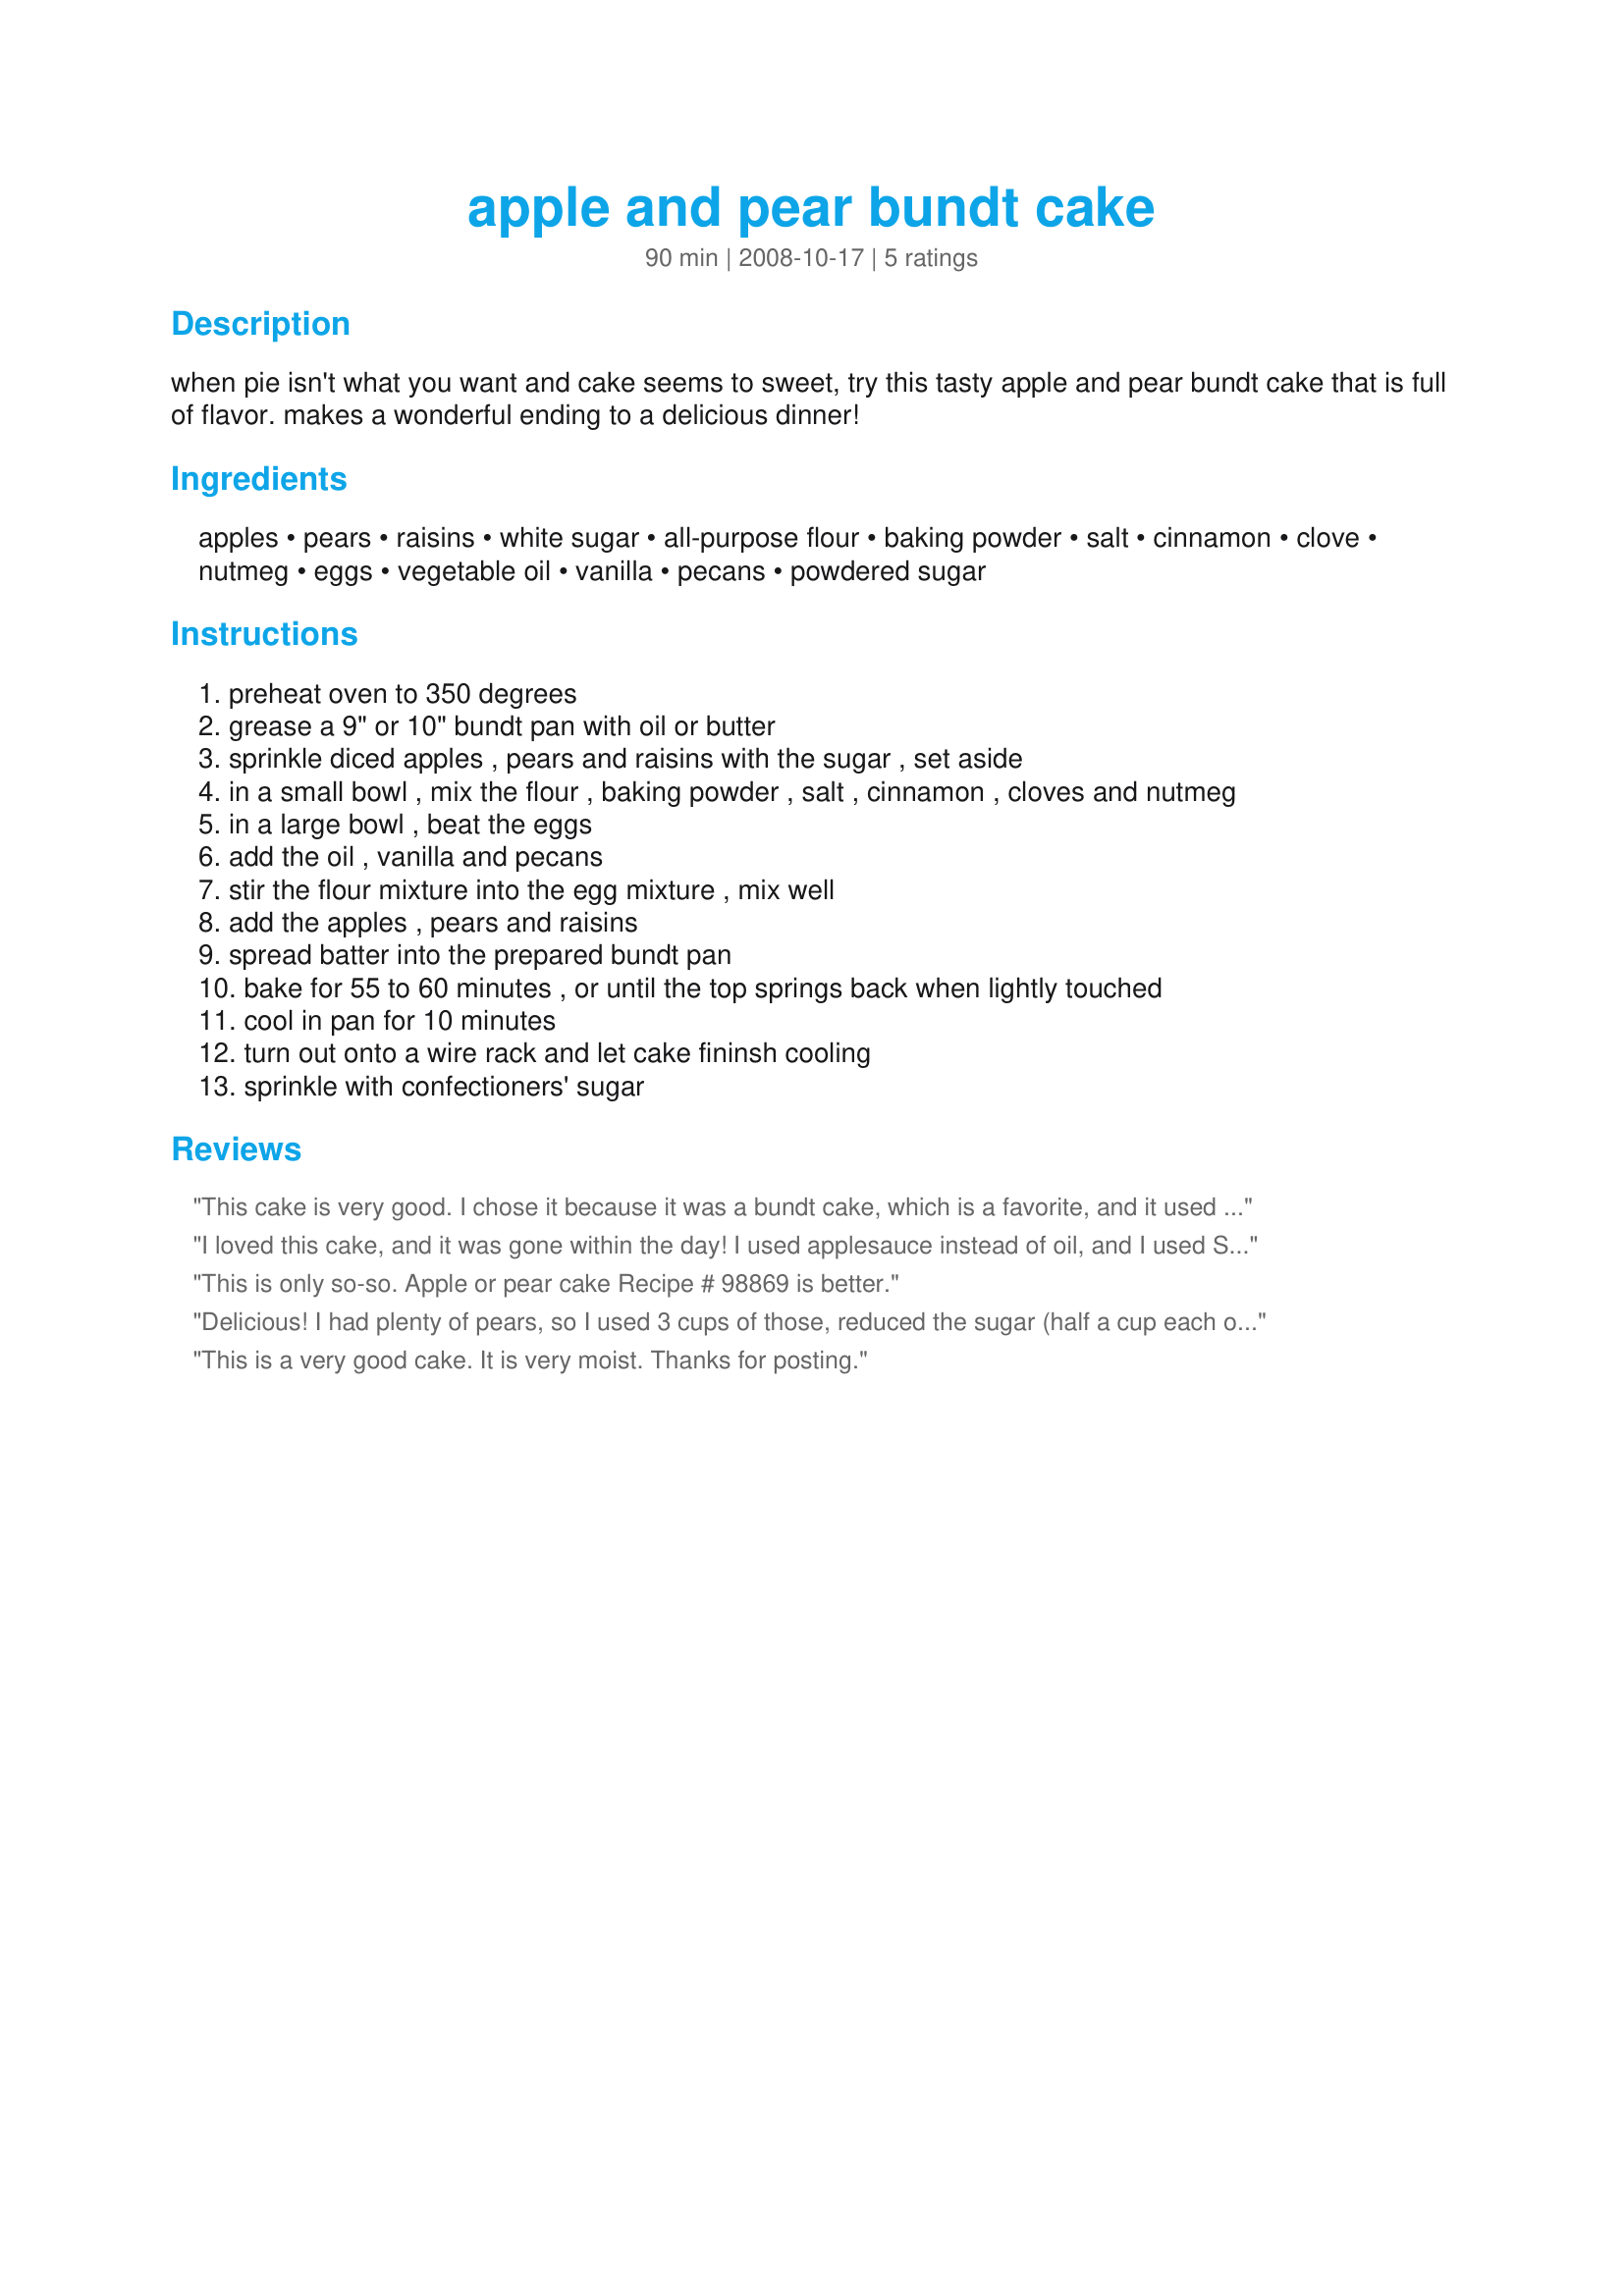
apple and pear bundt cake
Preparation time: 90 minutes

when pie isn't what you want and cake seems to sweet, try this tasty apple and pear bundt cake that is full of flavor. makes a wonderful ending to a delicious dinner!

Ingredients:
apples, pears, raisins, white sugar, all-purpose flour, baking powder, salt, cinnamon, clove, nutmeg, eggs, vegetable oil, vanilla, pecans, powdered sugar

Steps:
preheat oven to 350 degrees
grease a 9" or 10" bundt pan with oil or butter
sprinkle diced apples , pears and raisins with the sugar , set aside
in a small bowl , mix the flour , baking powder , salt , cinnamon , cloves and nutmeg
in a large bowl , beat the eggs
add the oil , vanilla and pecans
stir the flour mixture into the egg mixture , mix well
add the apples , pears and raisins
spread batter into the prepared bundt pan
bake for 55 to 60 minutes , or until the top springs back when lightly touched
cool in pan for 10 minutes
turn out onto a wire rack and let cake fininsh cooling
sprinkle with confectioners' sugar

Reviews:
This cake is very good. I chose it because it was a bundt cake, which is a favorite, and it used pears and apples, which I had in abundance.

It turned out beautifully! I cut the sugar by half a cup, because I had an extra cup of diced pears, and it had just the right amount of sweetness. I also used a tablespoon of lemon juice on the cut fruit to keep it from turning while I made the batter.
I loved this cake, and it was gone within the day! I used applesauce instead of oil, and I used Splenda instead of sugar. This cake was perfect in every way! My family gobbled it right up! It was fabulous!
This is only so-so. Apple or pear cake Recipe # 98869 is better.
Delicious! I had plenty of pears, so I used 3 cups of those, reduced the sugar (half a cup each of granulated white and Splenda) and only added about half a cup of golden raisins. Perfect sweetness, moist texture and it keeps well too, without drying out. It would be great with coffee or tea. Very easy to make, I'll definitely make it again.
This is a very good cake. It is very moist. Thanks for posting.
